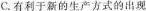
C.有利于新的生产方式的出现